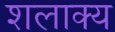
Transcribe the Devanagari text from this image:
शलाक्य